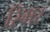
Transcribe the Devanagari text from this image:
रिमर